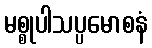
မစ္စုပါသပ္ပမောစနံ